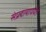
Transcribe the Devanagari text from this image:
संप्रदायापर्यंत